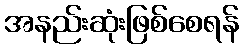
အနည်းဆုံးဖြစ်စေရန်